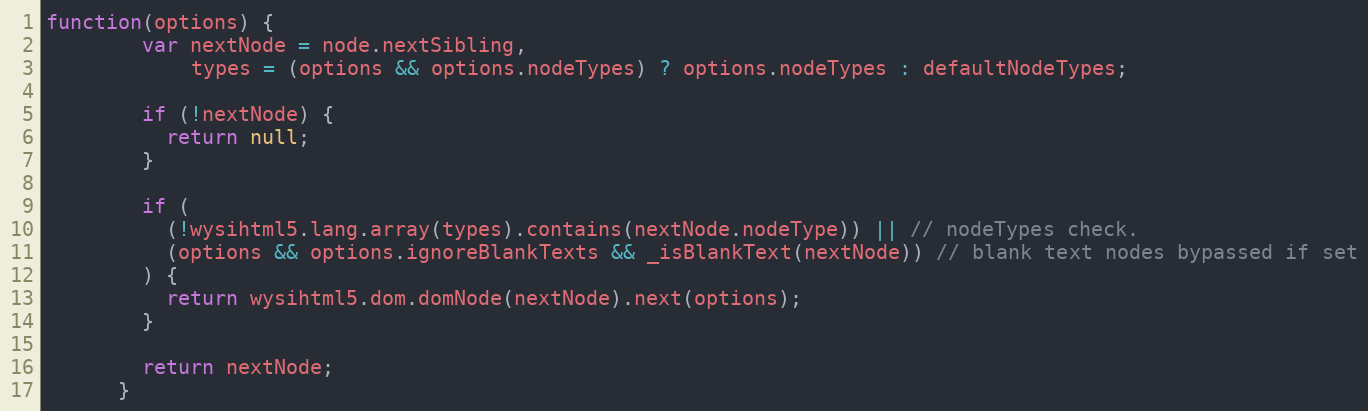
Language: JavaScript
function(options) {
        var nextNode = node.nextSibling,
            types = (options && options.nodeTypes) ? options.nodeTypes : defaultNodeTypes;

        if (!nextNode) {
          return null;
        }

        if (
          (!wysihtml5.lang.array(types).contains(nextNode.nodeType)) || // nodeTypes check.
          (options && options.ignoreBlankTexts && _isBlankText(nextNode)) // blank text nodes bypassed if set
        ) {
          return wysihtml5.dom.domNode(nextNode).next(options);
        }

        return nextNode;
      }